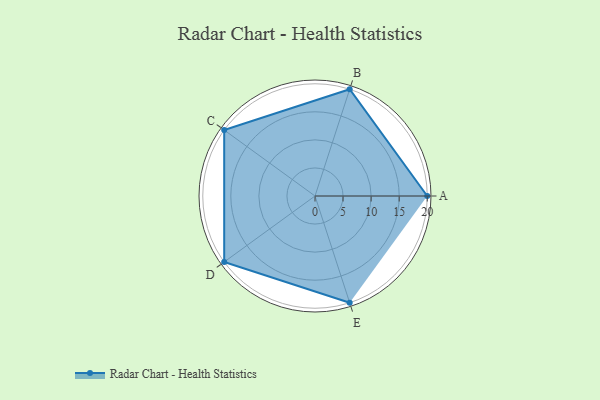
{"axis": {"x": "Skill", "y": "Score"}, "legend": ["Profile"], "data": [{"x": "A", "y": 20, "type": "Profile"}, {"x": "B", "y": 20, "type": "Profile"}, {"x": "C", "y": 20, "type": "Profile"}, {"x": "D", "y": 20, "type": "Profile"}, {"x": "E", "y": 20, "type": "Profile"}]}